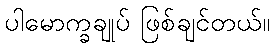
ပါမောက္ခချုပ် ဖြစ်ချင်တယ်။